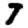
Digit: 7